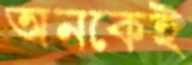
অনকেই